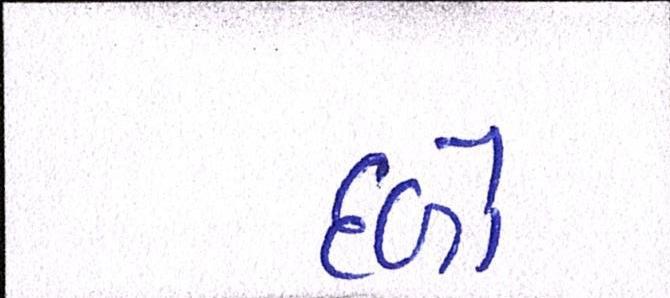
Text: દળો